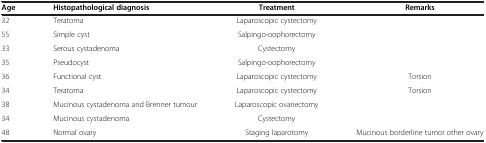
| Age | Histopathological diagnosis | Treatment | Remarks |
 | --- | --- | --- | --- |
 | 32 | Teratoma | Laparoscopic cystectomy |  |
 | 55 | Simple cyst | Salpingo-oophorectomy |  |
 | 33 | Serous cystadenoma | Cystectomy |  |
 | 35 | Pseudocyst | Salpingo-oophorectomy |  |
 | 36 | Functional cyst | Laparoscopic cystectomy | Torsion |
 | 34 | Teratoma | Laparoscopic cystectomy | Torsion |
 | 38 | Mucinous cystadenoma and Brenner tumour | Laparoscopic ovariectomy |  |
 | 34 | Mucinous cystadenoma | Cystectomy |  |
 | 48 | Normal ovary | Staging laparotomy | Mucinous borderline tumor other ovary |